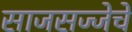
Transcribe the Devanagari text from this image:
साजसज्जेचे